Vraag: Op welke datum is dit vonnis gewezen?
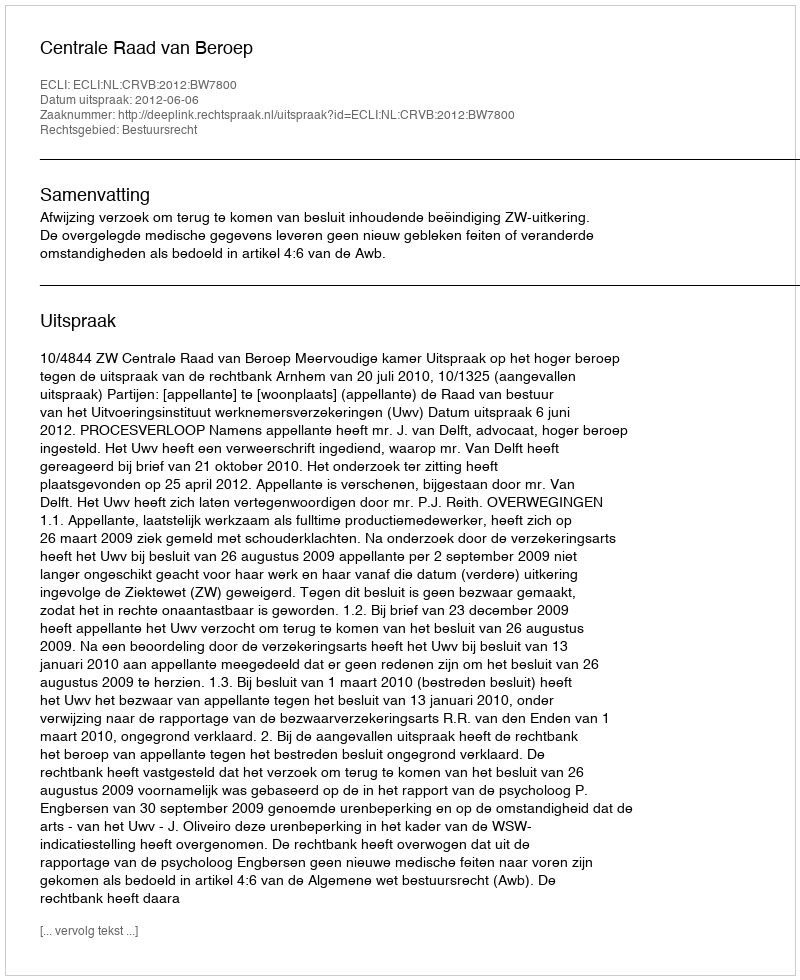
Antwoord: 2012-06-06